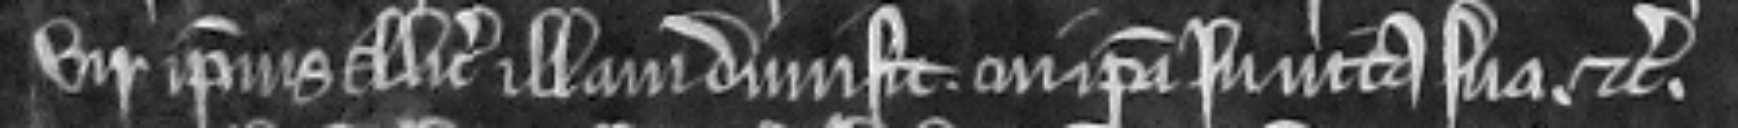
vir ipsius Alicie illam dimisit cui ipsa in vita sua etc.